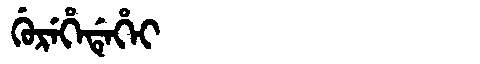
Manchu: ᡤᡠᡵᡝᡥᡝᡩᡝᡥᡝᡳ
Romanization: GUREHEDEHEI